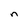
Character: n